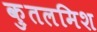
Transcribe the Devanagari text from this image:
क़ुतलमिश